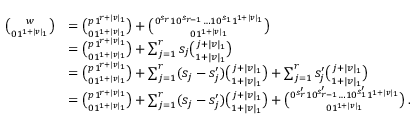
\begin{array} { r l } { \binom { w } { 0 1 ^ { 1 + | v | _ { 1 } } } } & { = \binom { p 1 ^ { r + | v | _ { 1 } } } { 0 1 ^ { 1 + | v | _ { 1 } } } + \binom { 0 ^ { s _ { r } } 1 0 ^ { s _ { r - 1 } } \ldots 1 0 ^ { s _ { 1 } } 1 ^ { 1 + | v | _ { 1 } } } { 0 1 ^ { 1 + | v | _ { 1 } } } } \\ & { = \binom { p 1 ^ { r + | v | _ { 1 } } } { 0 1 ^ { 1 + | v | _ { 1 } } } + \sum _ { j = 1 } ^ { r } s _ { j } \binom { j + | v | _ { 1 } } { 1 + | v | _ { 1 } } } \\ & { = \binom { p 1 ^ { r + | v | _ { 1 } } } { 0 1 ^ { 1 + | v | _ { 1 } } } + \sum _ { j = 1 } ^ { r } ( s _ { j } - s _ { j } ^ { \prime } ) \binom { j + | v | _ { 1 } } { 1 + | v | _ { 1 } } + \sum _ { j = 1 } ^ { r } s _ { j } ^ { \prime } \binom { j + | v | _ { 1 } } { 1 + | v | _ { 1 } } } \\ & { = \binom { p 1 ^ { r + | v | _ { 1 } } } { 0 1 ^ { 1 + | v | _ { 1 } } } + \sum _ { j = 1 } ^ { r } ( s _ { j } - s _ { j } ^ { \prime } ) \binom { j + | v | _ { 1 } } { 1 + | v | _ { 1 } } + \binom { 0 ^ { s _ { r } ^ { \prime } } 1 0 ^ { s _ { r - 1 } ^ { \prime } } \ldots 1 0 ^ { s _ { 1 } ^ { \prime } } 1 ^ { 1 + | v | _ { 1 } } } { 0 1 ^ { 1 + | v | _ { 1 } } } \, . } \end{array}